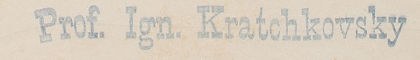
Prof. Ign. Kratchkovsky